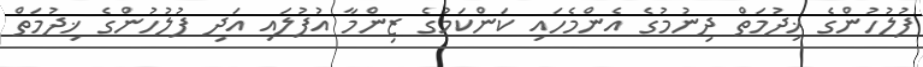
ފުލުހުންގެ ޚިދުމަތް ދިނުމުގެ އެންމެހައި ކަންކަމުގެ ޒިންމާ އުފުލައި އަދި ފުލުހުންގެ ޚިދުމަތް